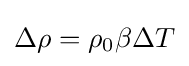
\Delta \rho =\rho _{0}\beta \Delta T